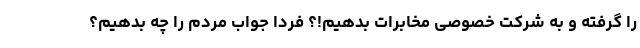
را گرفته و به شرکت خصوصی مخابرات بدهیم!؟ فردا جواب مردم را چه بدهیم؟‌